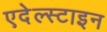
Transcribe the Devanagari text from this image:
एदेल्स्टाइन